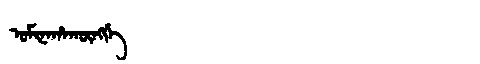
Manchu: ᠣᠮᡳᠨᠠᡥᠠᡴᡡᠩᡤᡝ
Romanization: OMINAHAKŪNGGE